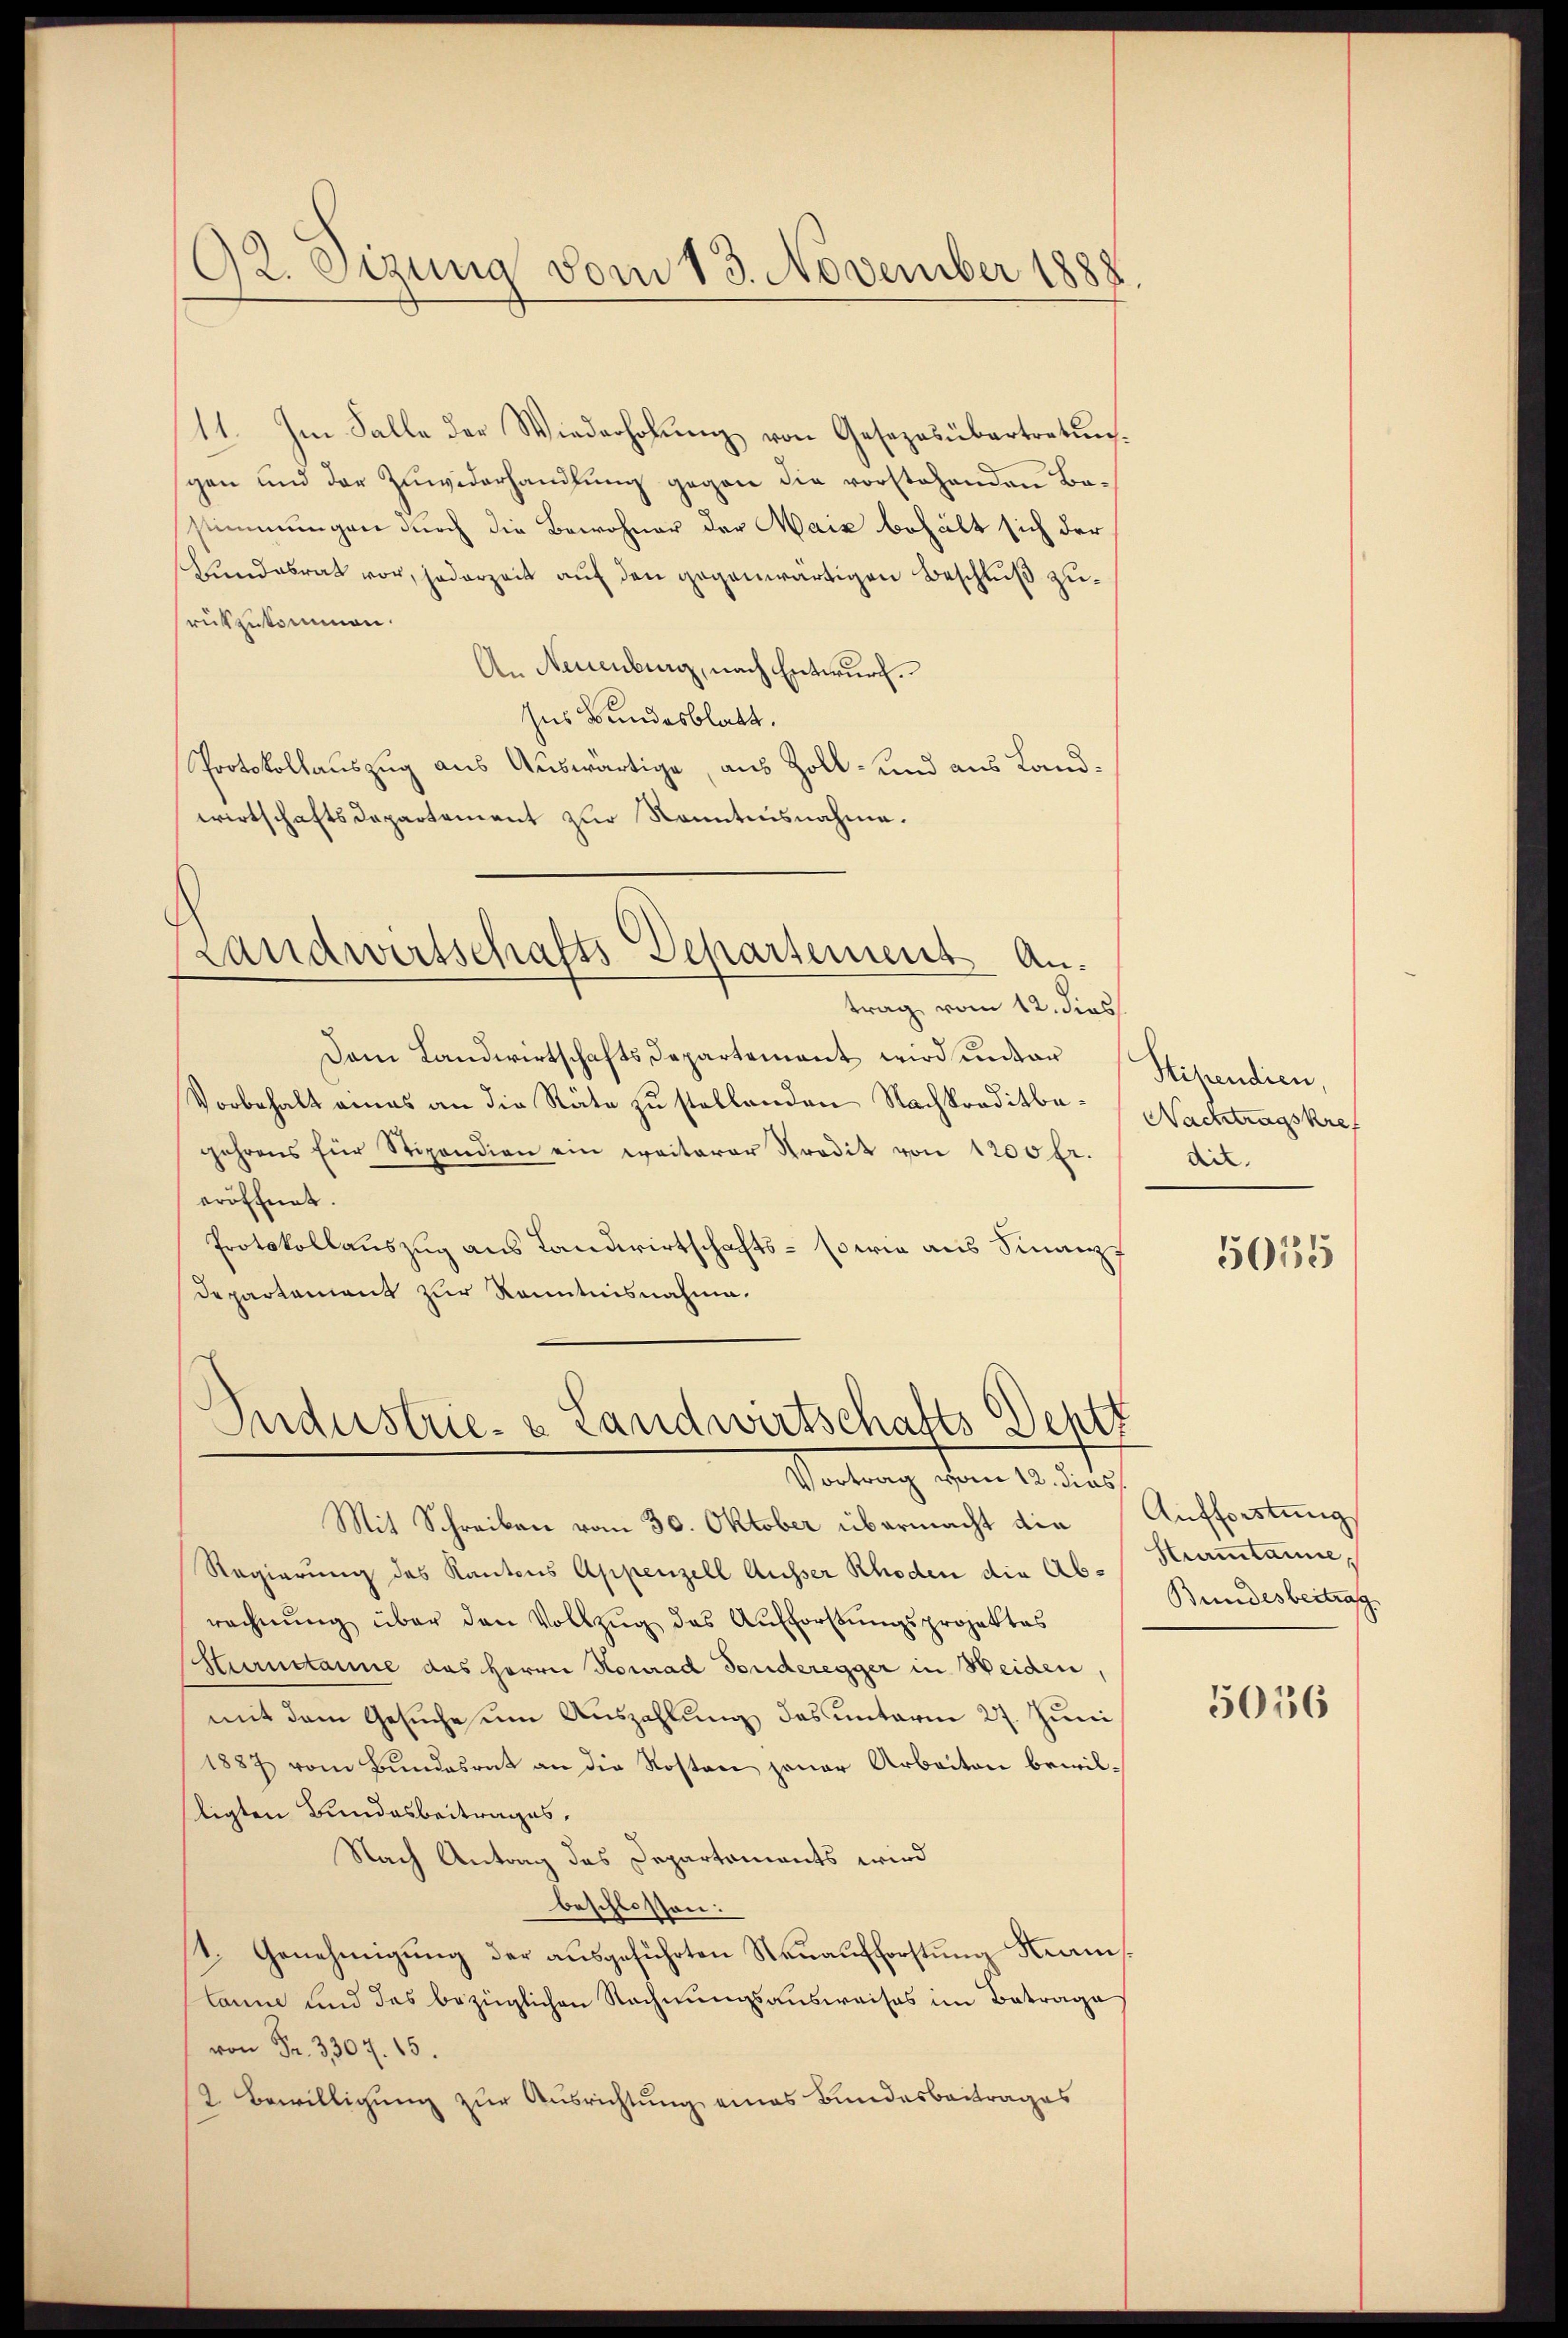
92. Segung vom 13. November 1888

11. Im Falle der Wiederholung von Gesezesübertretung.
sgen und der Zuwiderhandlung gegen die vorstehenden Bastimmungen durch die Bewohner der Harz behält sich der
Hundesrat vor, jederzeit auf den gegenwärtigen Beschluß zurükzukommen.
An Neuenburg, nach Entwurf.
Ins Bundesblatt.
Protokollauszug aus Auswärtige, aus Zoll- und aus Landwirtschaftsdepartement zur Sonntensnahme.
Handwirtschafts Departement Antrag vom 12. dies
Dem Landwirtschaftsdepartement wird unter
Vorbehalt eines an die Räte zu stellenden Nachkreditbegehrens für Stipendien ein weiterer Prodit von 1200 fr.
eröffnet.
Protokollauszug aus Landwirtschafts- sowie aus Finanz
Departement zur Kenntnisnahme.

Industrie- & Landwirtschafts-Deptt
Vortrag vom 12. dies

Mit Schreiben vom 30. Oktober übermacht die Aufforstung
Regierung des Kantons Appenzell Ausser Rhoden die Abrechnŭng über den Vollzŭg des Aufforstŭngsprojektes
Hurnitanne das Herrn Konrad Fonderegger in Weiden,
mit dem Gesuche um Auszahlung des unterm 27. Juni
1887 vom Bundesrat an die Kosten jener Arbeiten bewil-
ligten Bundesbeitrages,
Nach Antrag das Departaments wird
beschlossen:
1. Genehmigung der ausgeführten Neuaufforstung Kamlanne und des bezüglichen Rechnungsausweises im Betrage
von Fr. 3307. 15.
2 Bewilligung zur Ausrichtung eines Bundesbeitrages

Stipendien,
Nachtragskref
die.

5055

Streitanne,
Bundesbeitrag

5056